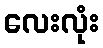
လေးလုံး